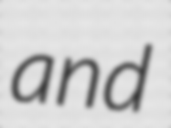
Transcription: and